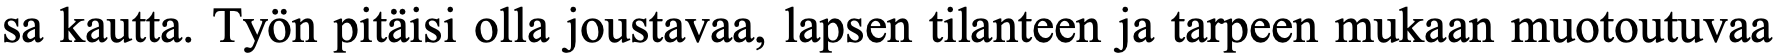
sa kautta. Työn pitäisi olla joustavaa, lapsen tilanteen ja tarpeen mukaan muotoutuvaa